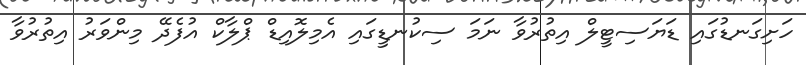
ހަށިގަނޑުގައި ޑަޔަސިޓީލް އިތުރުވާ ނަމަ ސިކުނޑީގައި އެމިލޮއިޑް ޕްލާކް އުފެދޭ މިންވަރު އިތުރުވާ